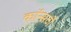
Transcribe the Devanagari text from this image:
कॉन्सर्टो